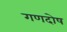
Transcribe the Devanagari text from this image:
गणदोष